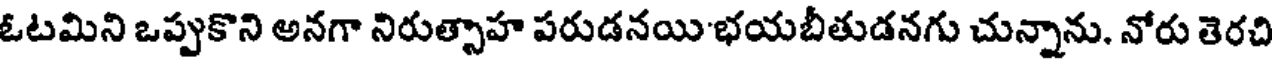
ఓటమిని ఒప్పుకొని అనగా నిరుత్సాహ పరుడనయి భయబీతుడనగు చున్నాను. నోరు తెరచి